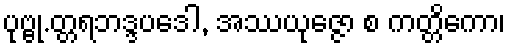
ပုဗ္ဗု.တ္တရဘဒ္ဒပဒေါ, အဿယုဇ္ဇော စ ကတ္တိကော၊